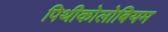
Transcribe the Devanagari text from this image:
पिथीकोलोबियम